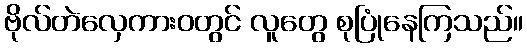
ဗိုလ်တဲလှေကားဝတွင် လူတွေ စုပြုံနေကြသည်။